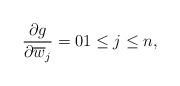
LaTeX: \begin{align*} \frac{\partial g}{\partial \overline{w}_j}=0 1\leq j\leq n,\end{align*}